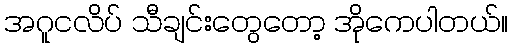
အဂူငလိပ် သီချင်းတွေတော့ အိုကေပါတယ်။